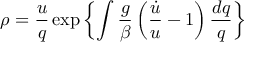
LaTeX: \rho = \frac { u } { q } \exp \left\{ \int \frac { g } { \beta } \left( \frac { \dot { u } } { u } - 1 \right) \frac { d q } { q } \right\}